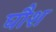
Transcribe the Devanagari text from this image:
घौश